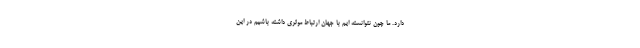
دارد. ما چون نتوانسته ايم با جهان ارتباط موثري داشته باشيم در اين